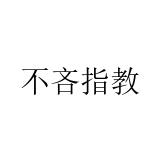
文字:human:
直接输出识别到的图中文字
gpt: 不吝指教